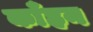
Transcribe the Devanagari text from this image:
काँहन